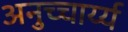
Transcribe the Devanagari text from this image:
अनुच्चार्य्य